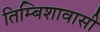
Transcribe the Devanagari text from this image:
तिम्बिशावासी